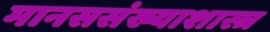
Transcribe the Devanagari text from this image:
मानससंख्याशास्त्र